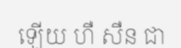
ឡើយ ហឺ សឺន ជា